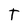
Character: T